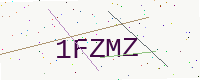
Text: 1FZMZ